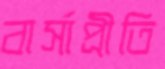
বার্সাপ্রীতি